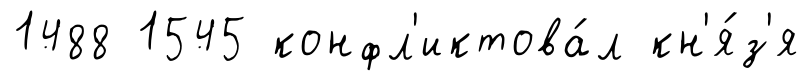
1488 1545 конфл'иктова́л кн'я́з'я